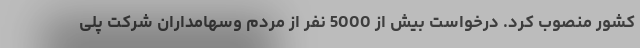
کشور منصوب کرد. درخواست بیش از 5000 نفر از مردم وسهامداران شرکت پلی